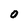
Character: 0